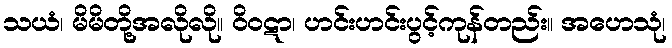
သယံ၊ မိမိတို့အလိုလို။ ဝိဝဋာ၊ ဟင်းဟင်းပွင့်ကုန်တည်း။ အဟေသုံ၊